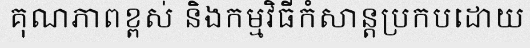
គុណភាពខ្ពស់ និងកម្មវិធីកំសាន្តប្រកបដោយ